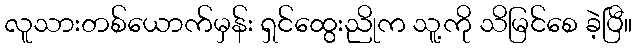
လူသားတစ်ယောက်မှန်း ရှင်ထွေးညိုက သူ့ကို သိမြင်စေ ခဲ့ပြီ။